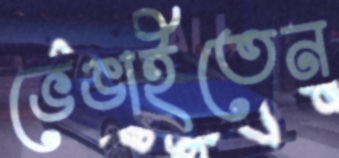
ভেঙাইতেন